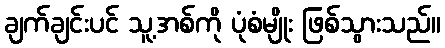
ချက်ချင်းပင် သူ့အစ်ကို ပုံစံမျိုး ဖြစ်သွားသည်။